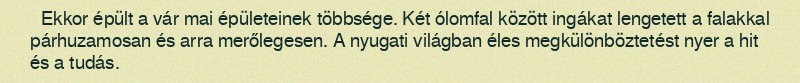
Ekkor épült a vár mai épületeinek többsége. Két ólomfal között ingákat lengetett a falakkal párhuzamosan és arra merőlegesen. A nyugati világban éles megkülönböztetést nyer a hit és a tudás.